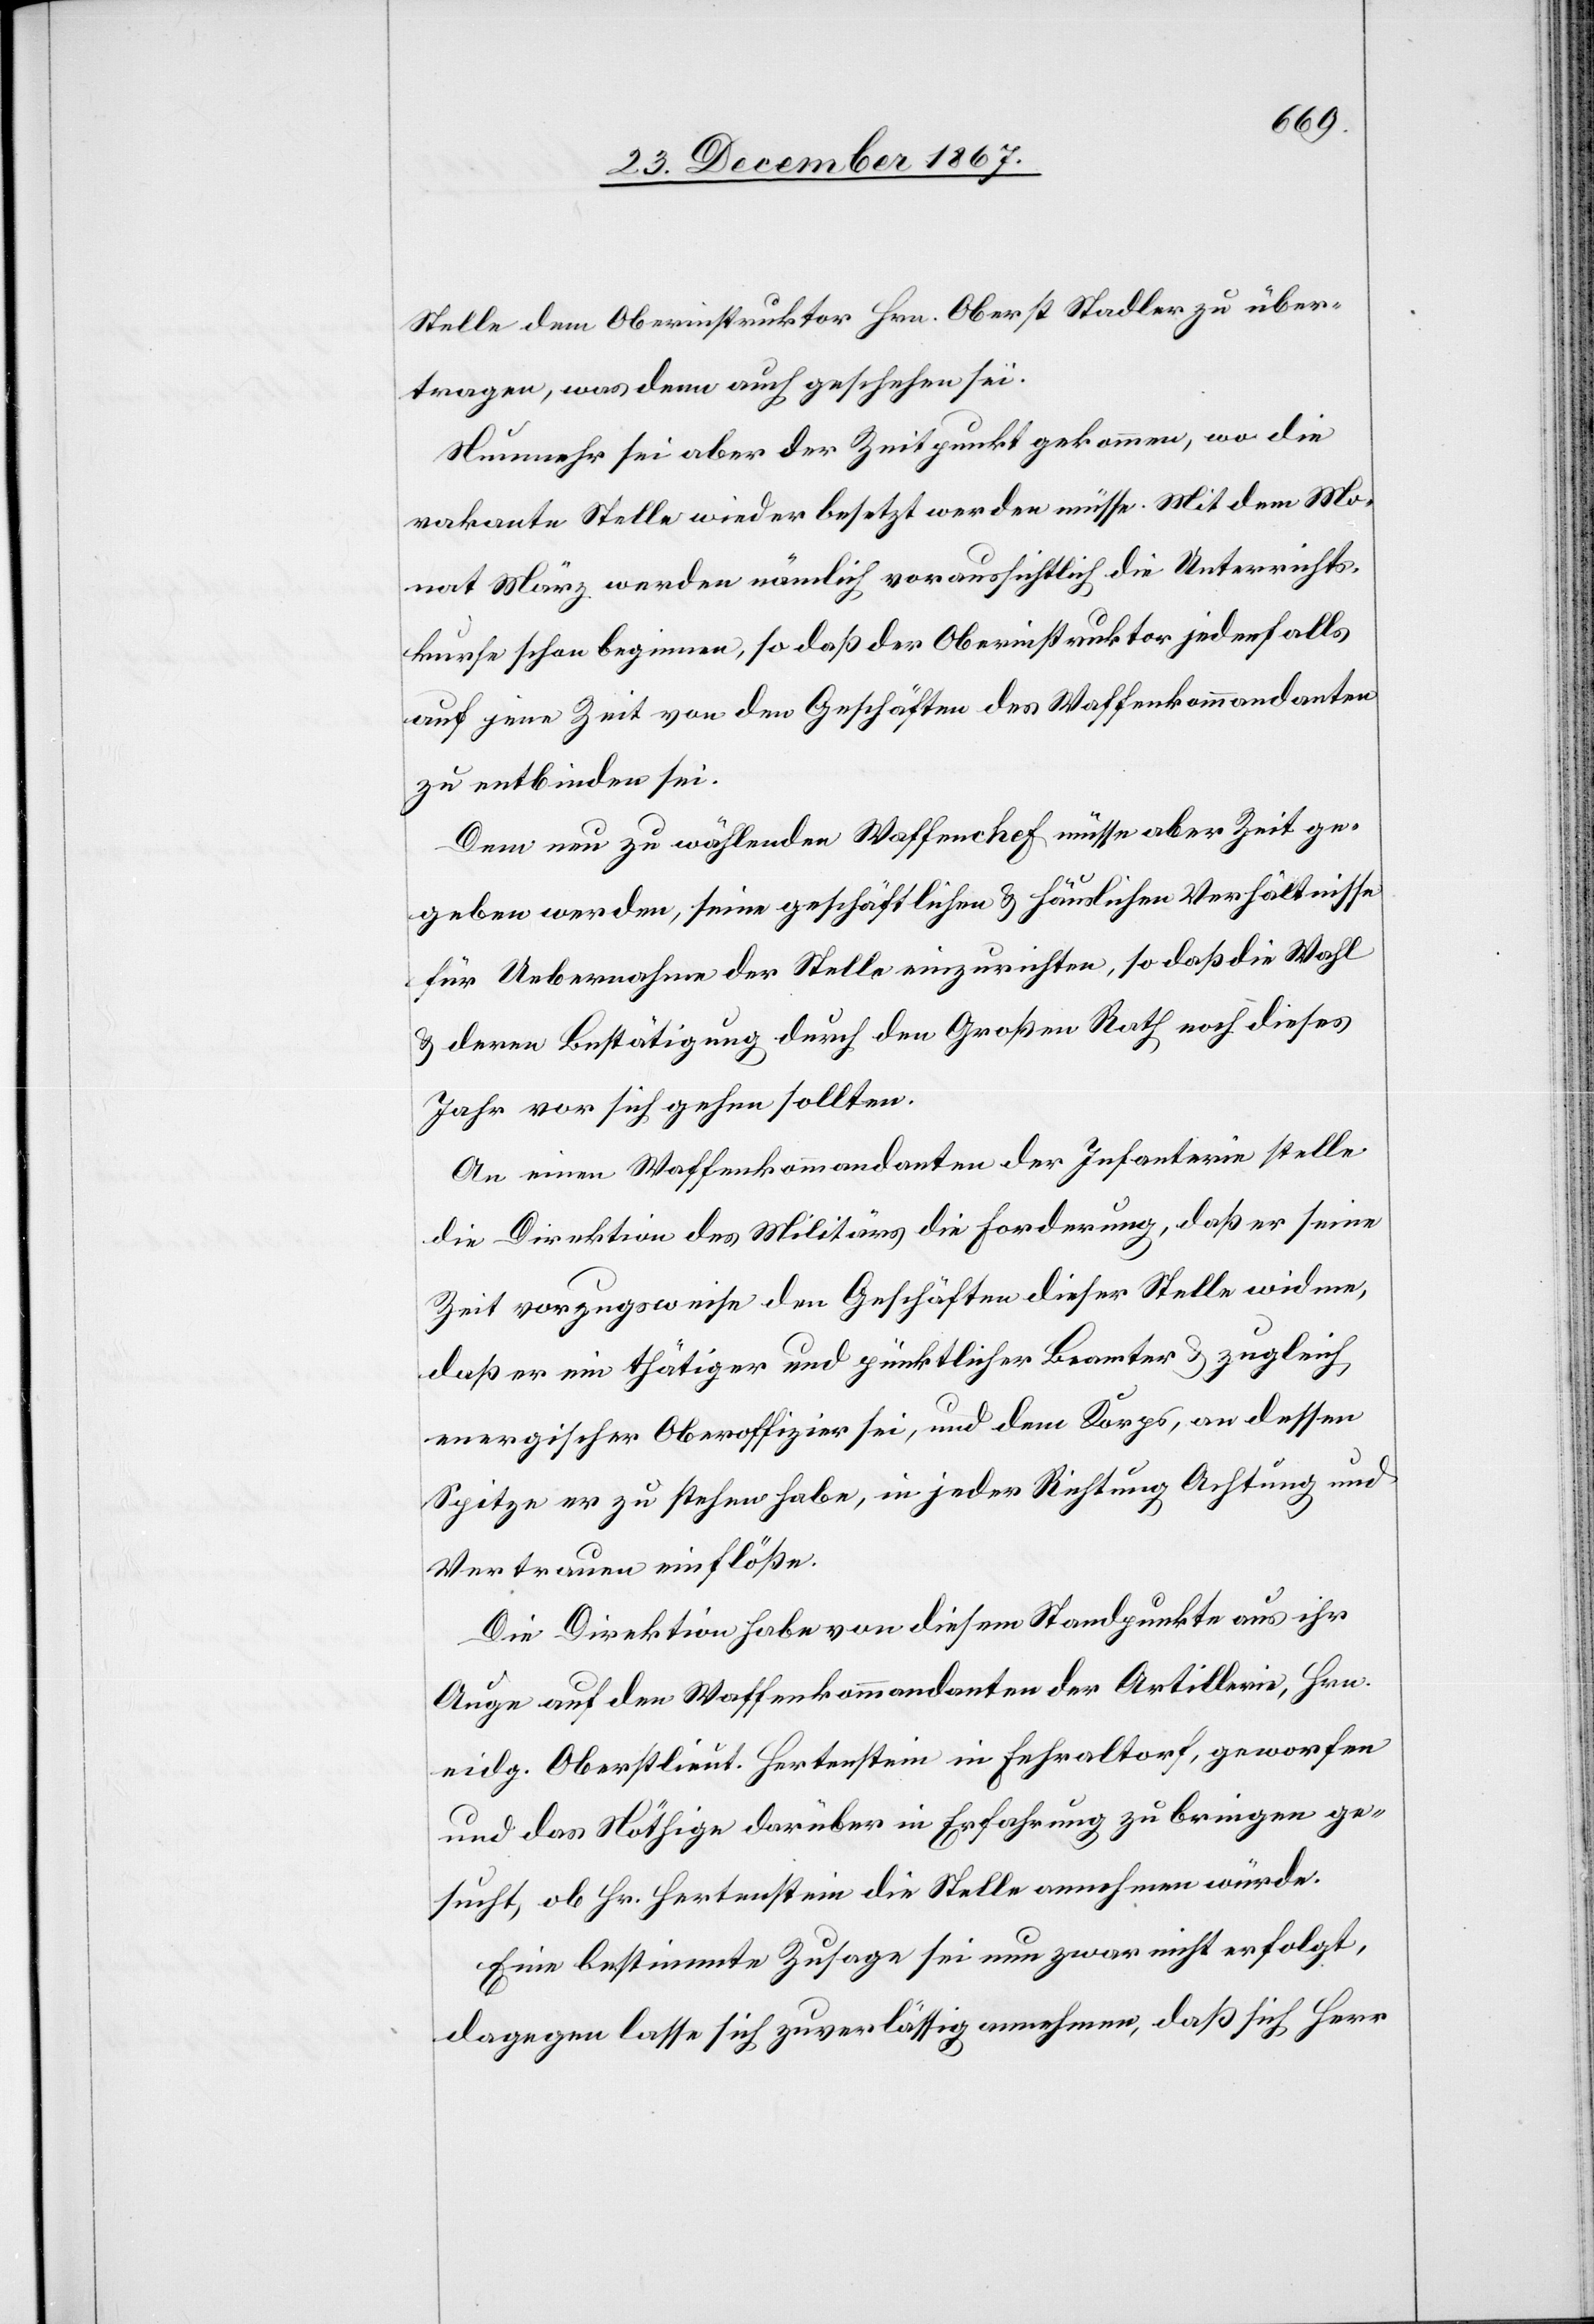
Stelle dem Oberinstruktor Hrn. Oberst Stadler zu über¬
tragen, was denn auch geschehen ist.
Nunmehr sei aber der Zeitpunkt gekommen, wo die
vakante Stelle wieder besetzt werden müsse. Mit dem Mo¬
nat März werden nämlich voraussichtlich die Unterrichts¬
kurse schon beginnen, so daß der Oberinstruktor jedenfalls
auf jene Zeit von den Geschäften des Waffenkommandanten
zu entbinden ist.
Dem neu zu wählenden Waffenchef müsse aber Zeit ge¬
geben werden, seine geschäftlichen u. häuslichen Verhältnisse
für Uebernahme der Stelle einzurichten, so daß die Wahl
u. deren Bestätigung durch den Großen Rath noch dieses
Jahr vor sich gehen sollten.
An einen Waffenkommandanten stelle die Direktion
Zeit vorzugsweise den Geschäften dieser Stelle widme,
daß er ein thätiger und pünktlicher Beamter u. zugleich
energischer Oberoffizier sei, und dem Korps, an dessen
Spitzer er zu stehen habe, in jeder Richtung Achtung und
Vertrauen einflöße.
Die Direktion habe von diesem Standpunkte aus ihr
Auge auf den Waffenkommandanten der Artillerie, Hrn.
eidg. Oberstlieut. Hertenstein in Fehraltorf, geworfen
und das Nöthige darüber in Erfahrung zu bringen ge¬
sucht, ob Hr. Hertenstein die Stelle annehmen würde.
Eine bestimmte Zusage sei nun zwar nicht erfolgt,
dagegen lasse sich zuverlässig annehmen, daß sich Herr